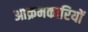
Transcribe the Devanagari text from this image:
आक्रमकारियों